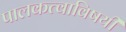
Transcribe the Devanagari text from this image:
पालकत्वाविषयी